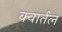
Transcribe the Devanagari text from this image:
क्वार्तल